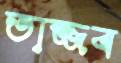
তাজ্জব